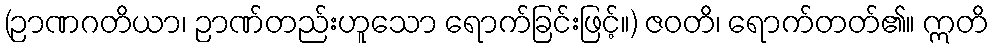
(ဉာဏဂတိယာ၊ ဉာဏ်တည်းဟူသော ရောက်ခြင်းဖြင့်။) ဇဝတိ၊ ရောက်တတ်၏။ ဣတိ